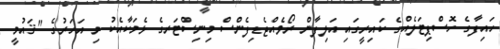
ހައިފާގެ ހޮސްޕިޓަލެއްގެ ކައިރީގައި އަލިފާން ރޯވެއްޖެޑިފެންސް މިނިސްޓަރގެ ޅެމަކާއެކު މި އަހަރުގެ "ޤައުމީ